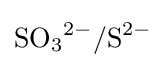
{\mathrm {SO} {\vphantom {A}}_{\smash[{t}]{3}}{\vphantom {A}}^{2-}}/{\mathrm {S} {\vphantom {A}}^{2-}}